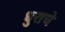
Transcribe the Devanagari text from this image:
धुराचे